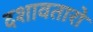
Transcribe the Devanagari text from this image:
दशावतारो